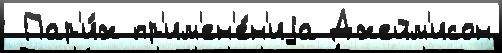
 Пар'и́ж пр'им'ен'е́н'иjа Джейм'исон